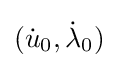
({\dot {u}}_{0},{\dot {\lambda }}_{0})